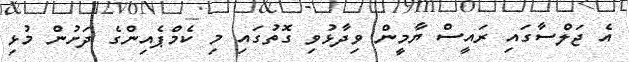
އެ ޖަލްސާގައި ރަައީސް ޔާމީން ވިދާޅުވި ގޮތުގައި މި ކެމްޕެއިންގެ ދަށުން މުޅި